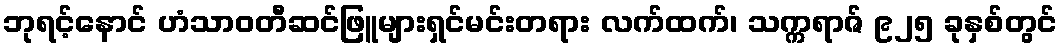
ဘုရင့်နောင် ဟံသာဝတီဆင်ဖြူများရှင်မင်းတရား လက်ထက်၊ သက္ကရာဇ် ၉၂၅ ခုနှစ်တွင်